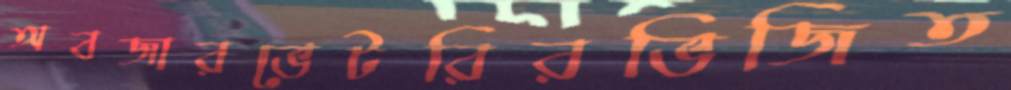
অবজারভেটরিরভিজিত